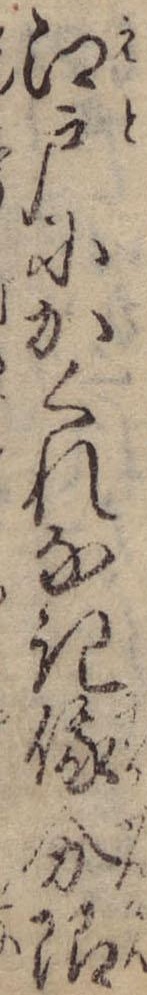
江戸にかくれなき俄分限